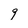
Character: 9